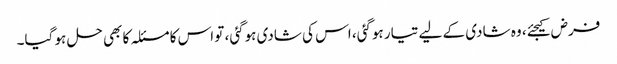
فرض کیجئے، وہ شادی کے لیے تیار ہوگئی، اس کی شادی ہوگئی، تو اس کا مسئلہ کا بھی حل ہو گیا۔